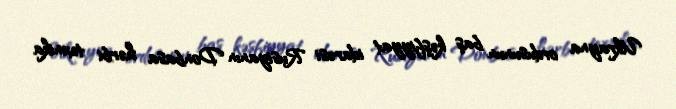
Ukrayna ordusunun baş kəşfiyyat idarəsi Rusiyanın Donbasa hərbi texnika